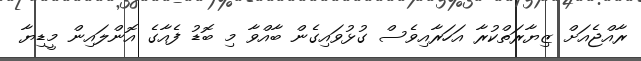
ރާއްޖެއަށް ޒިޔާރަތްކުރާ އަހަރާއިވެސް ގުޅުވައިގެން ބާއްވާ މި ބޮޑު ފެއާގެ އޮންލައިން މީޑިޔާ